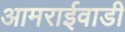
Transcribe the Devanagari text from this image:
आमराईवाडी